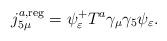
LaTeX: \begin{align*}j_{5\mu }^{a,{\rm reg}}=\psi _\varepsilon ^{+}T^a\gamma _\mu \gamma _5\psi_\varepsilon .\end{align*}